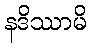
နဒိဿာမိ